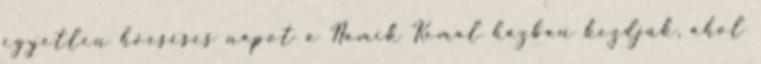
egyetlen hóeséses napot a Namik Kemal házban kezdjük, ahol